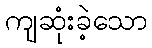
ကျဆုံးခဲ့သော